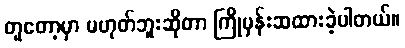
တူတော့မှာ မဟုတ်ဘူးဆိုတာ ကြိုမှန်းဆထားခဲ့ပါတယ်။